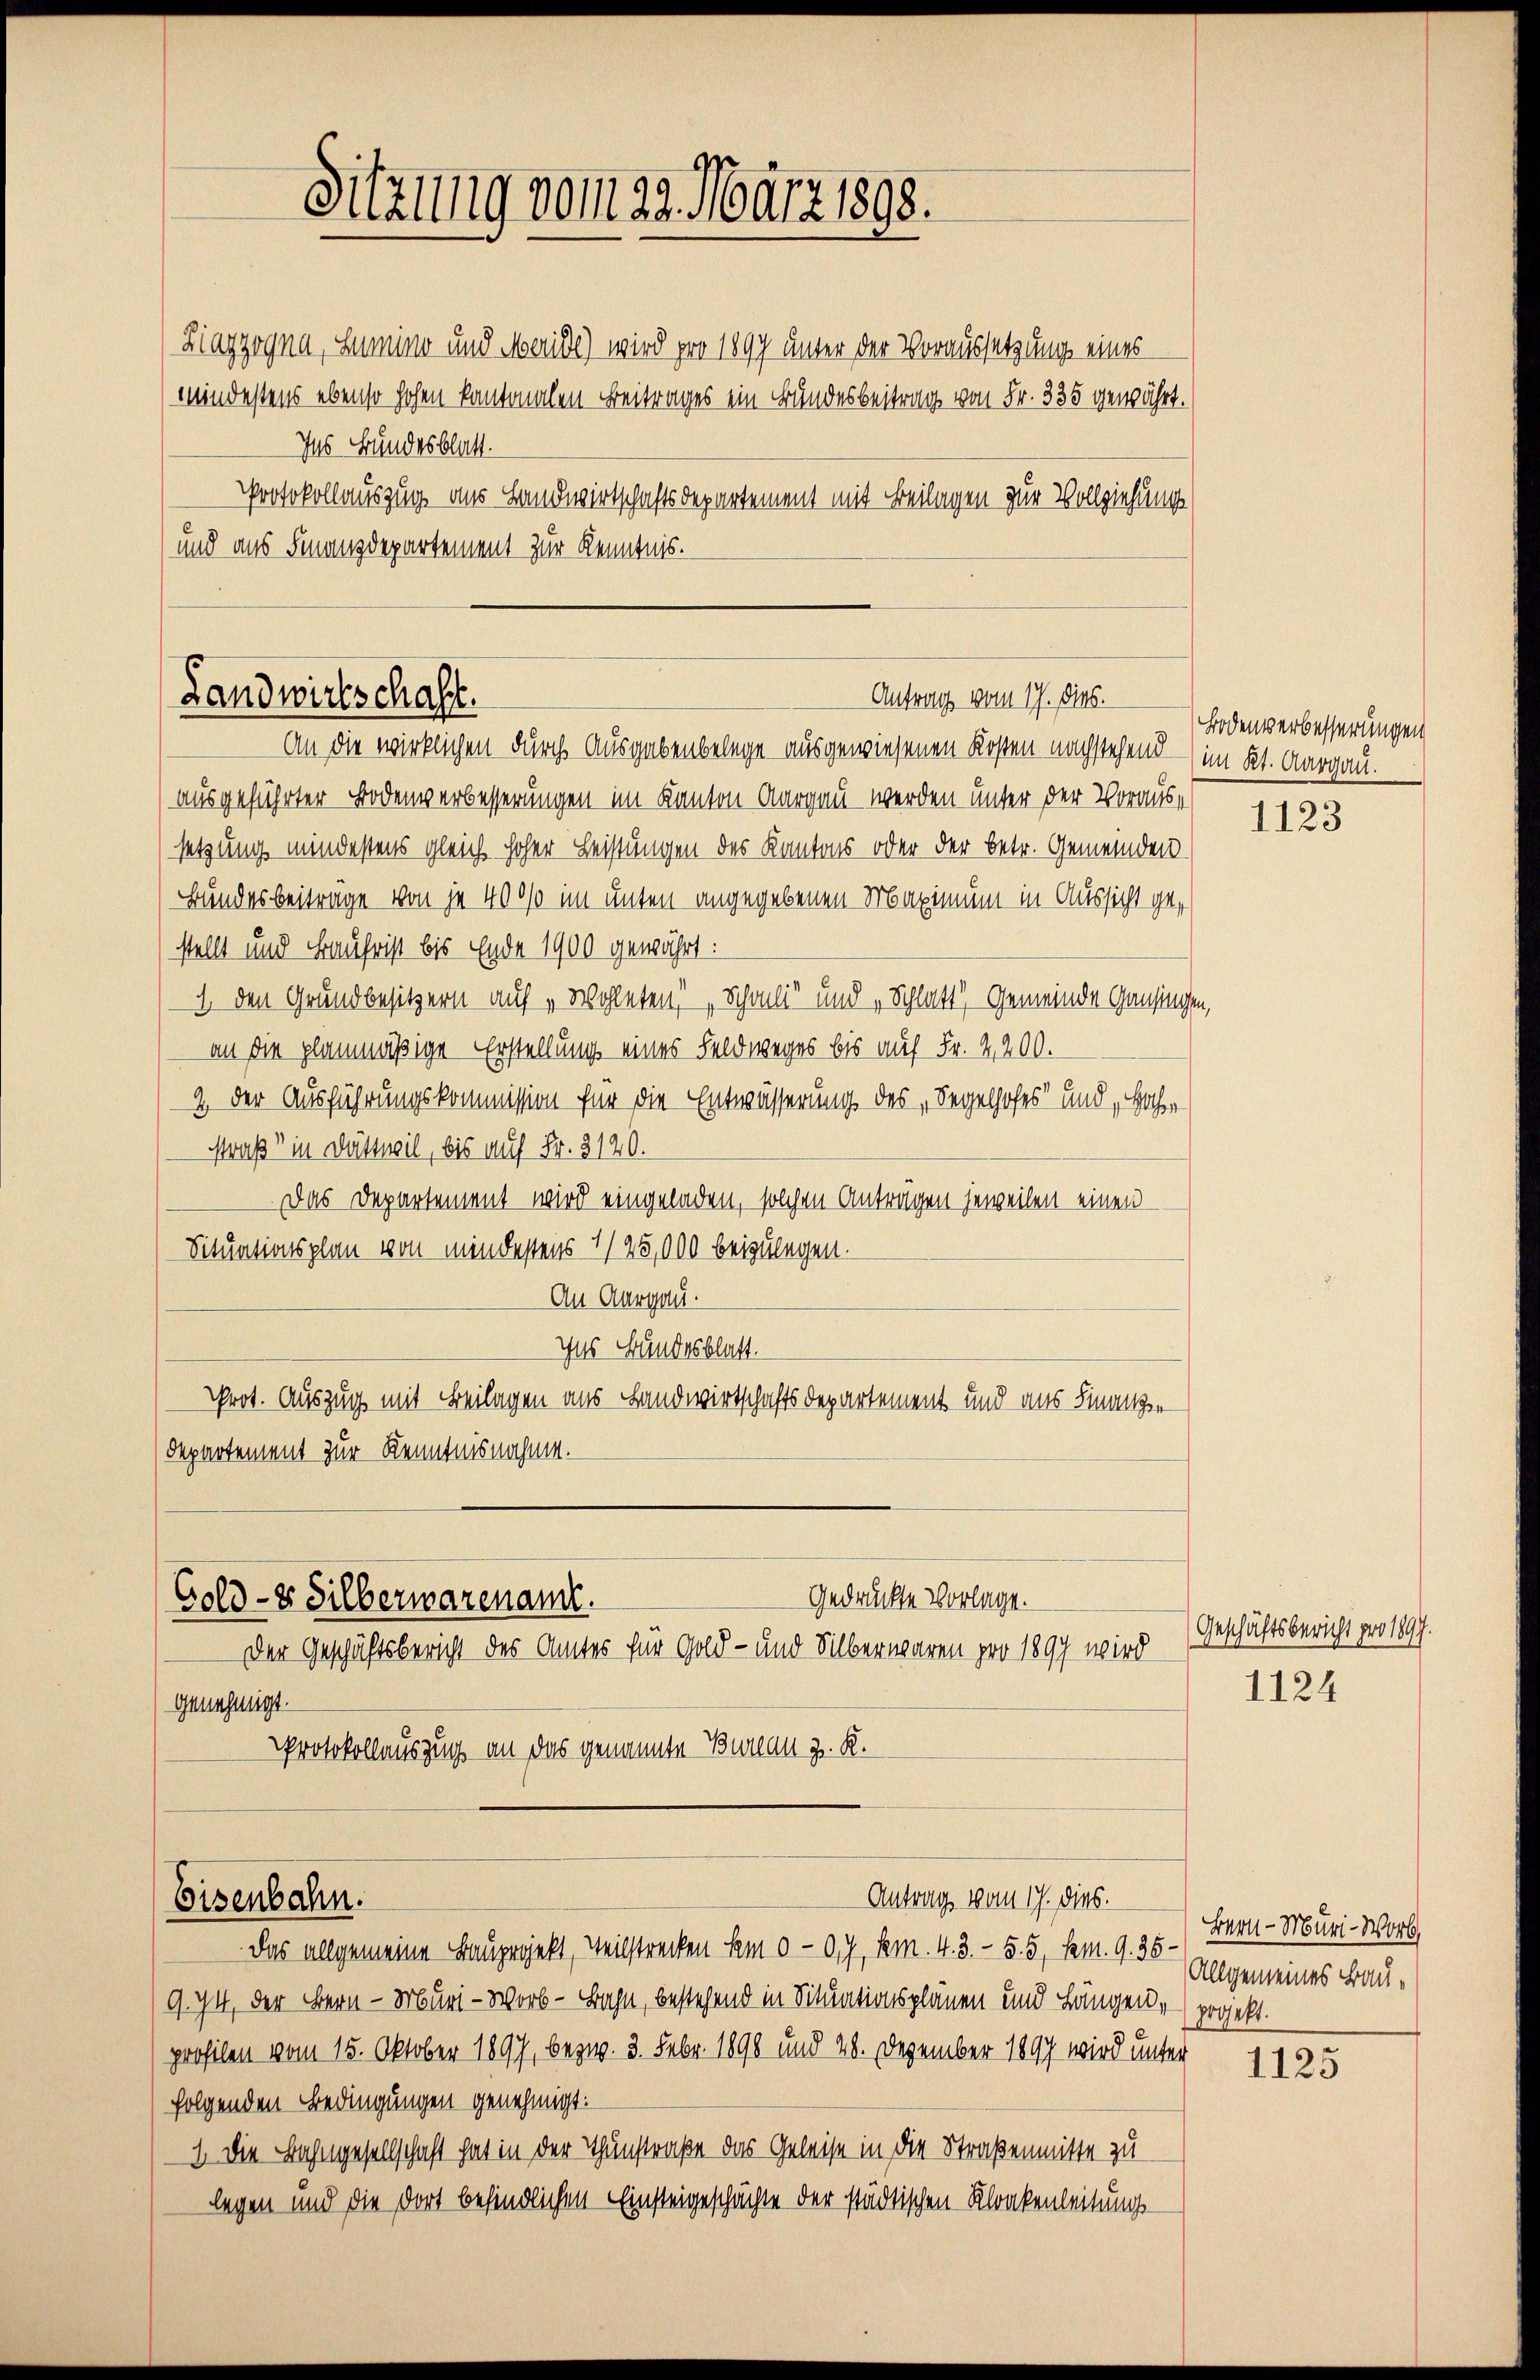
Sitzung vom 29. März 1898.

Ziazzogna, Lumino und Meride) wird pro 1897 unter der Voraussetzung eines
Mindestens ebenso hohen kantonalen Beitrages ein Bundesbeitrag von Fr. 335 gewährt.
Ins Bundesblatt.
Protokollauszug aus Landwirtschaftsdepartement mit Beilagen zur Vollziehung
und aus Finanzdepartement zur Kenntnis.

Antrag vom 17. Dies.
Landwirtschaft.
An die wirklichen durch Ausgabenbelege ausgewiesenen Kosten nachstehend im Kt. Aargau.

Gedrückte Vorlage.
Gold- & Silberwarenamt.
Der Geschäftsbericht des Amtes für Gold- und Silberwaren pro 1897 wird
Genehmigt.

Eisenbahn.

ausgeführter Bodenwerbesserungen im Kanton Aargau werden unter der Voraussetzung mindestens gleich hoher Leistungen des Kantons oder der betr. Gemeinden
Bundesbeiträge von je 4000 im unten angegebenen Maximum in Aussicht gestellt und Baufrist bis Ende 1900 gewährt:
1. den Grundbesitzern auf „Wohleten, Schali“ und „Schlatt“ Gemeinde Gansingen,
an die planmäßige Erstellung eines Feldweges bis auf Fr. 2200.
2. Der Ausführungskommission für die Entwässerung des „Segelhofes“ und Hohe
Straß in Dättwil, bis auf Fr. 3120.
Das Departement wird eingeladen, solchen Anträgen jeweilen einen
Situationsplan von mindestens 145,000 beizulegen.
An Aargau.
Ins Bundesblatt.
Prot. Auszug mit Beilagen aus Landwirtschaftsdepartement und aus Finanzen
Departement zur Kenntnisnahme.

Protokollauszug an das genannte Bureau z. K.

Antrag vom 17. dies.

Bodenverbesserungen
1123

Das allgemeine Bauprojekt, Teilstrecken dem 00. 7, km. 4.3.- 5. 5, kam. 9. 36
9. 74, der Bern - Muri-Worb - Bahn, bestehend in Situationsplänen und Längene projekt.
profilen vom 15. Oktober 1897, bezw. 3. Febr. 1898 und 28. Dezember 1897 wird unter
folgenden Bedingungen genehmigt.
1 die Bahngesellschaft hat in der Thunstraße das Geleise in die Straßenmitte zu
legen und die dort befindlichen Einsteigeschächte der städtischen Kloakenleitungs¬

Geschäftsbericht pro 1897.
1124

Bern - Muri-Worb
Allgemeines Bau¬

1125